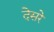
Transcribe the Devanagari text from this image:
देसरे